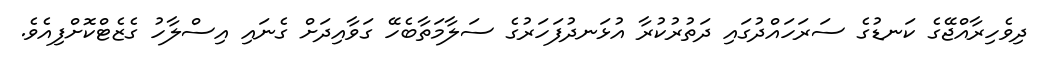
ދިވެހިރާއްޖޭގެ ކަނޑުގެ ސަރަހައްދުގައި ދަތުރުކުރާ އުޅަނދުފަހަރުގެ ސަލާމަތާބެހޭ ގަވާއިދަށް ގެނައި އިސްލާހު ގެޒެޓްކޮށްފިއެވެ.